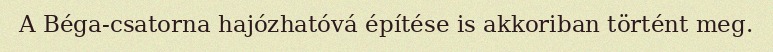
A Béga-csatorna hajózhatóvá építése is akkoriban történt meg.